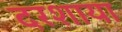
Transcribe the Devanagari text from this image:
दरशाया